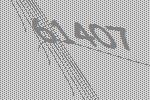
61407